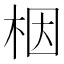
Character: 栶